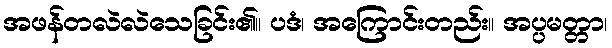
အဖန်တလဲလဲသေခြင်း၏။ ပဒံ၊ အကြောင်းတည်း။ အပ္ပမတ္တာ၊